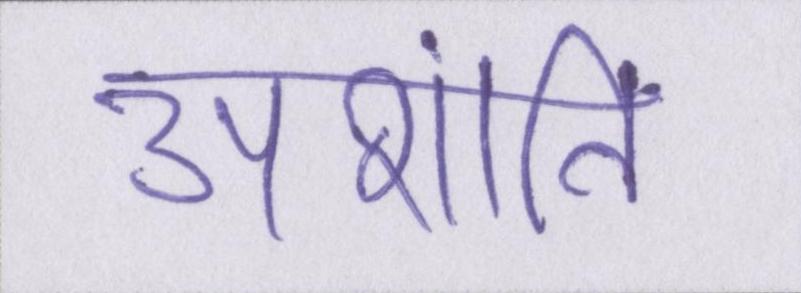
अशांति